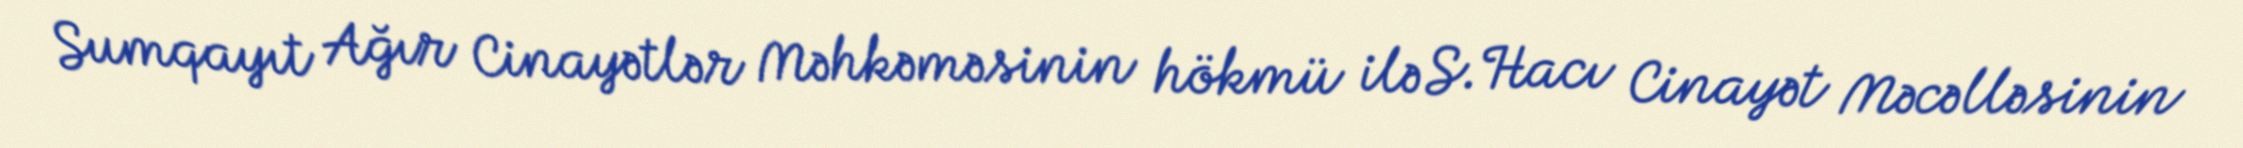
Sumqayıt Ağır Cinayətlər Məhkəməsinin hökmü ilə S.Hacı Cinayət Məcəlləsinin